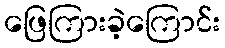
ဖြေကြားခဲ့ကြောင်း